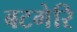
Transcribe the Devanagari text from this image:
बटगेरि